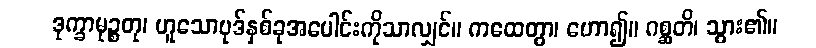
ဒုက္ခာမုဉ္စတု၊ ဟူသောပုဒ်နှစ်ခုအပေါင်းကိုသာလျှင်။ ကထေတွာ၊ ဟော၍။ ဂစ္ဆတိ၊ သွား၏။